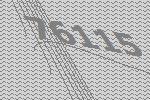
76115